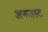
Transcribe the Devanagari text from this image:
अनजस्ट